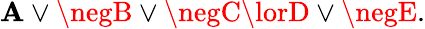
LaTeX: \mathbf{A}\lor\negB\lor\negC\lorD\lor\negE.